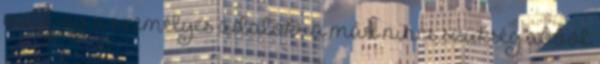
való jog a személyes adatokra már nincs szükség abból